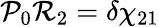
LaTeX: \mathcal{P}_{0}\mathcal{R}_{2}=\delta\chi_{21}